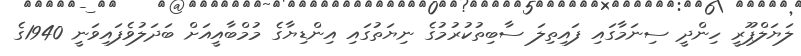
ލަޔަލްޕޫރީ ހިންދީ ސިނަމާގައި ފައިތިލަ ސާބިތުކުރުމުގެ ނިޔަތުގައި އިންޑިޔާގެ މުމްބާއީއަށް ބަދަލުވެފައިވަނީ 1940ގެ